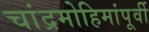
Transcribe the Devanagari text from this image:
चांद्रमोहिमांपूर्वी